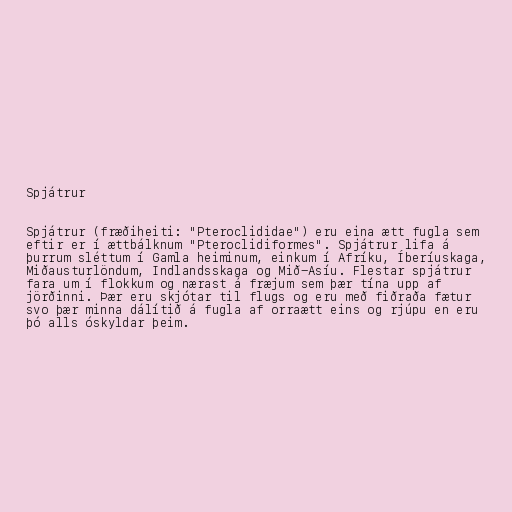
Spjátrur

Spjátrur (fræðiheiti: "Pteroclididae") eru eina ætt fugla sem
eftir er í ættbálknum "Pteroclidiformes". Spjátrur lifa á
þurrum sléttum í Gamla heiminum, einkum í Afríku, Íberíuskaga,
Miðausturlöndum, Indlandsskaga og Mið-Asíu. Flestar spjátrur
fara um í flokkum og nærast á fræjum sem þær tína upp af
jörðinni. Þær eru skjótar til flugs og eru með fiðraða fætur
svo þær minna dálítið á fugla af orraætt eins og rjúpu en eru
þó alls óskyldar þeim.